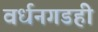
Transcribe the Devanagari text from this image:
वर्धनगडही